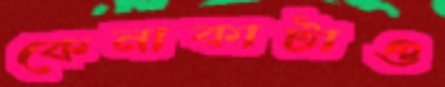
কেনাকাটাও